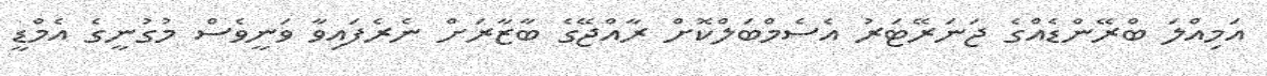
އަމިއްލަ ބްރޭންޑެއްގެ ޖަނަރޭޓަރު އެސެމްބަލްކޮށް ރާއްޖޭގެ ބާޒާރަށް ނެރެފައިވާ ވަނީވެސް މުގުނީގެ އެމްޑީ